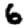
Digit: 6